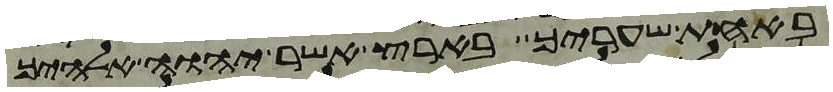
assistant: באחת שעריך בארץ אשר יהוה אלהיך